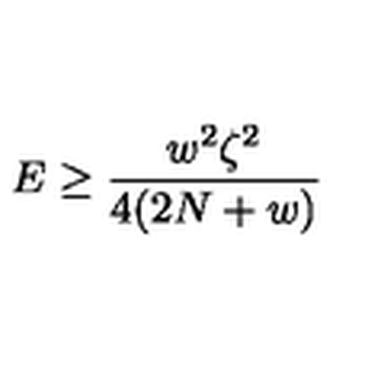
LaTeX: E \geq \frac { w ^ { 2 } \zeta ^ { 2 } } { 4 ( 2 N + w ) }